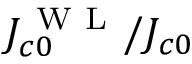
J _ { c 0 } ^ { \mathrm { ~ W ~ L ~ } } / J _ { c 0 }